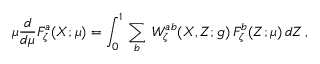
\mu \frac { d } { d \mu } { \cal F } _ { \zeta } ^ { a } ( X ; \mu ) = \int _ { 0 } ^ { 1 } \, \sum _ { b } \, W _ { \zeta } ^ { a b } ( X , Z ; g ) \, { \cal F } _ { \zeta } ^ { b } ( Z ; \mu ) \, d Z \, ,